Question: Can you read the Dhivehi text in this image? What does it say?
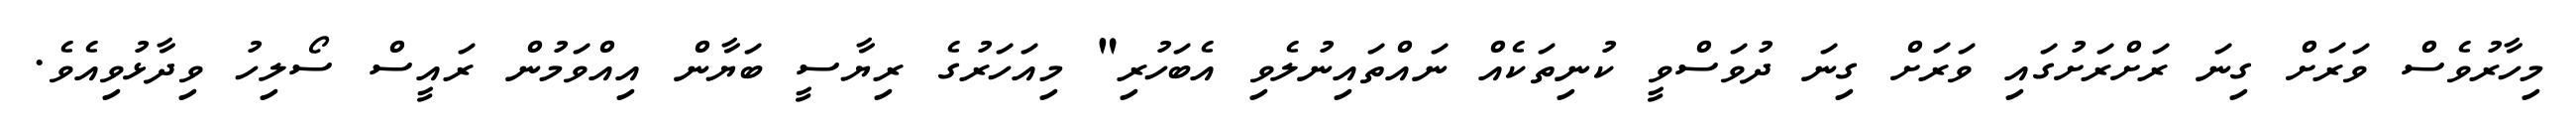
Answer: މިހާރުވެސް ވަރަށް ގިނަ ރަށްރަށުގައި ވަރަށް ގިނަ ދުވަސްވީ ކުނިތަކެއް ނައްތައިނުލެވި އެބަހުރި" މިއަހަރުގެ ރިޔާސީ ބަޔާން އިއްވަމުން ރައީސް ސޯލިހު ވިދާޅުވިއެވެ.